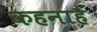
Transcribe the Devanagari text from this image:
कहनाहै